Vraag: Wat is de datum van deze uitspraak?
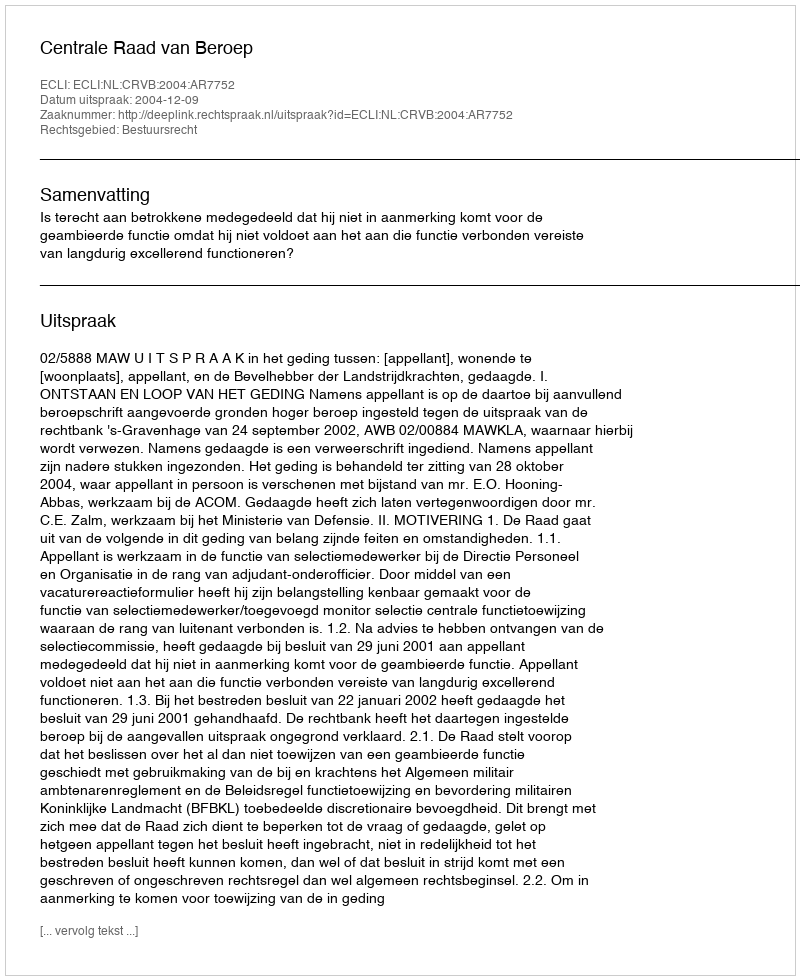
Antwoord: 2004-12-09